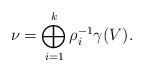
LaTeX: \begin{align*}\nu = \bigoplus_{i=1}^k \rho_i^{-1} \gamma(V).\end{align*}